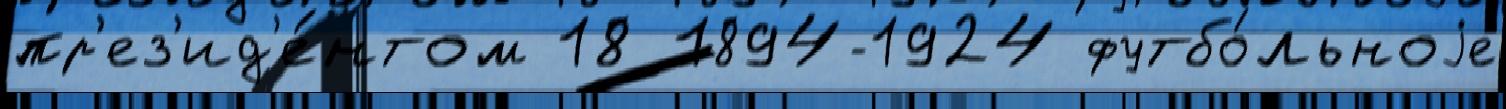
пр'ез'ид'е́нтом 18 1894-1924 футбо́льноjе